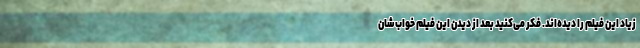
زیاد این فیلم را دیده‌اند. فکر می‌کنید بعد از دیدن این فیلم خواب‌شان